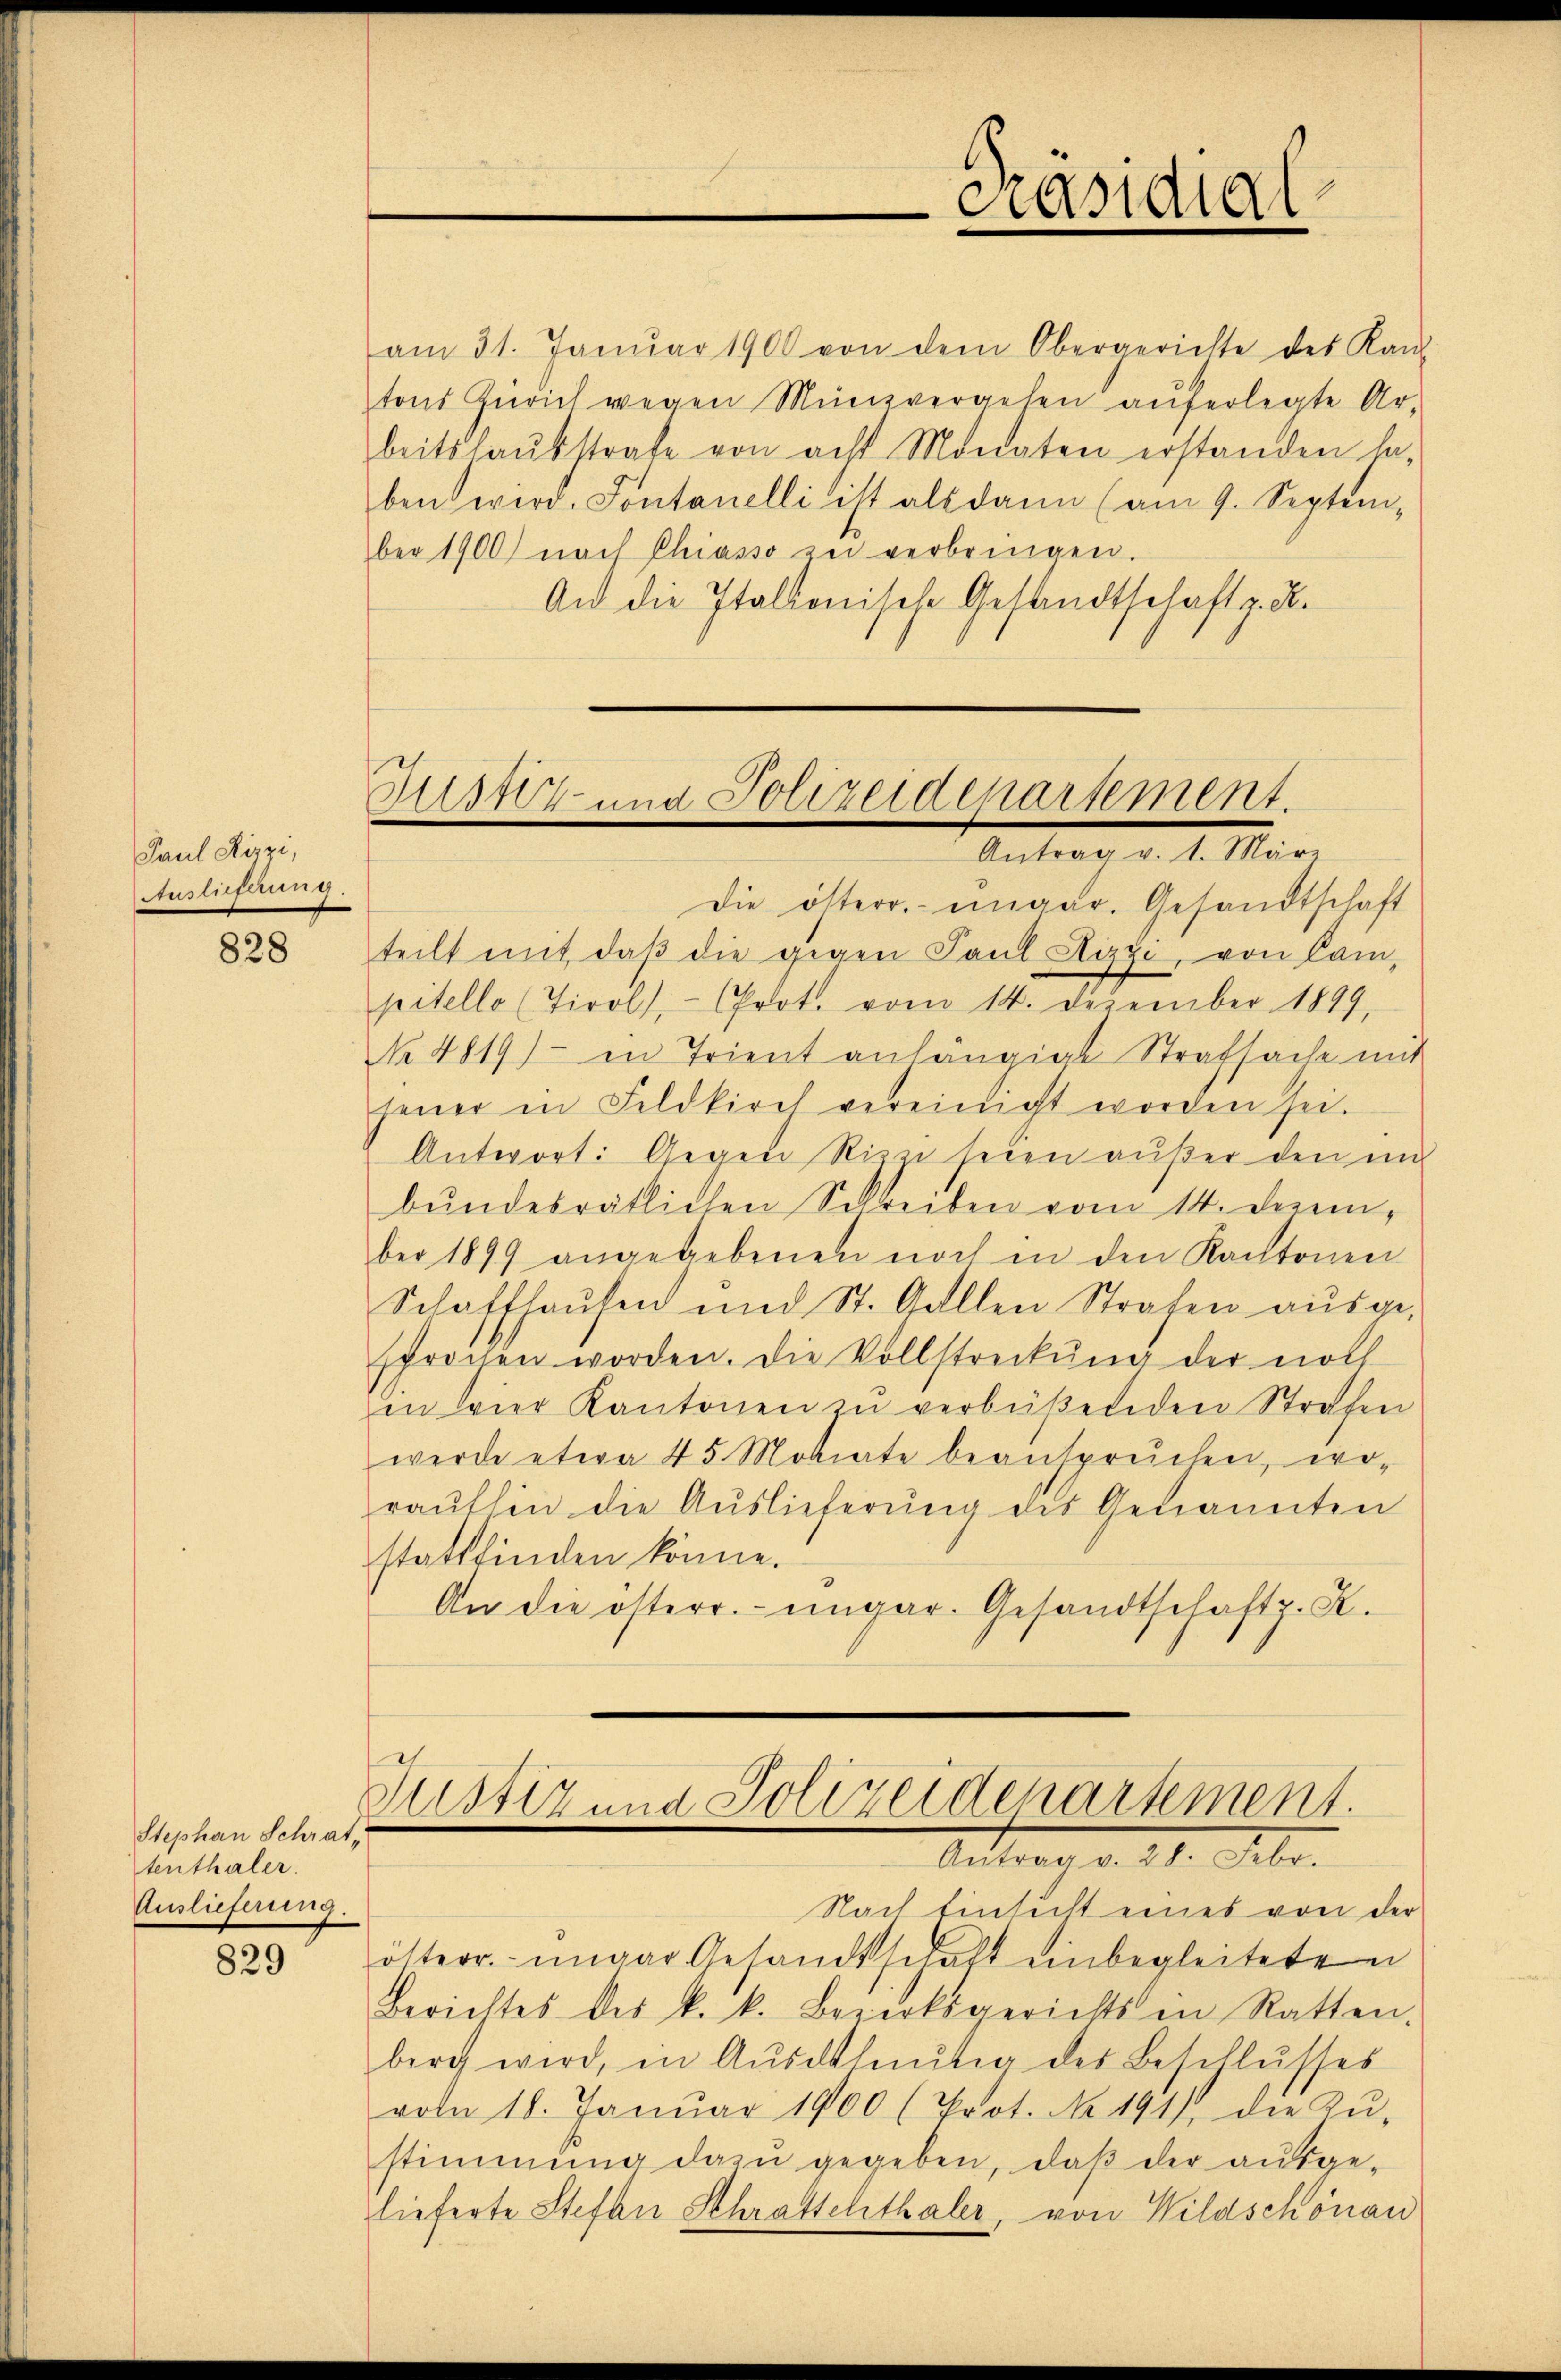
Paul Hizzi,
Auslieferung.

828

Stephan Schrat,
tenthaler.
Auslieferung.

829

am 31. Janŭar 190 von dem Obergerichte des Kaŭ
tons Zürich wegen Münzvergehen aŭferlegte Ar-
beitshaŭsstrafe von acht Monaten erstanden ha-
ben wird. Sontanelli ist als dann (am 9. Septem-
ber 1900 nach Chiasso zu verbringen.
An die Italionische Gesandtschaft z. R.

Präsidhal

Justiz- und Polizeidenartement.
Antrag v. 1. März

Die österr. ungar. Gesandtschaft
teilt mit daβ die gegen Paul Hizzi, von Cam
pitello (Tirol, - Chrot. vom 14. Dezember 1899,
No 4819) in Trient anhängige Strafsache mit
jener in Feldkirch vereinigt worden sei.
Antwort: Gegen Rizzi seien aŭβer den in
bŭndesrätlichen Schreiben vom 14. Dezember 1899 angegebenen noch in den Kantonen
Schaffhaŭsen und St. Gallen Strafen aŭsge-
sprochen worden. Die Vollstreckung der noch
in vier Kantonen zu verbüßenden Strafen
werde etwa 45 Monate beansprüchen, wo-
raŭthin die Auslieferung des Genannten
stattfinden könne.
An die österr.-ungar. Gesandtschaft z. K.

21
Justiz und Polizeidepartement.
Antrach d. 21. Febr.

Nach Einsicht eines von der
österr. ungar Gesandtschaft einbegleiteten
Berichtes des k. k. Bezirksgerichts in Ratten.
berg wird, in Aŭsdrheŭtig des Beschlŭsses
voln 18. Janŭar 1900 (Prot. No. 191) die Zŭ-
stimmung dazŭ gegeben, daβ der aŭsge-
lieferte Stefan Schrattchthaler, von Wildschönau